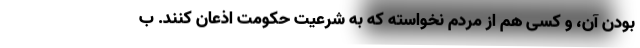
بودن آن، و کسی هم از مردم نخواسته که به شرعیت حکومت اذعان کنند. ب